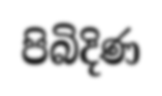
පිබිදිණ